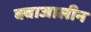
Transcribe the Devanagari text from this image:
क्वाजालीन